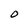
Character: O